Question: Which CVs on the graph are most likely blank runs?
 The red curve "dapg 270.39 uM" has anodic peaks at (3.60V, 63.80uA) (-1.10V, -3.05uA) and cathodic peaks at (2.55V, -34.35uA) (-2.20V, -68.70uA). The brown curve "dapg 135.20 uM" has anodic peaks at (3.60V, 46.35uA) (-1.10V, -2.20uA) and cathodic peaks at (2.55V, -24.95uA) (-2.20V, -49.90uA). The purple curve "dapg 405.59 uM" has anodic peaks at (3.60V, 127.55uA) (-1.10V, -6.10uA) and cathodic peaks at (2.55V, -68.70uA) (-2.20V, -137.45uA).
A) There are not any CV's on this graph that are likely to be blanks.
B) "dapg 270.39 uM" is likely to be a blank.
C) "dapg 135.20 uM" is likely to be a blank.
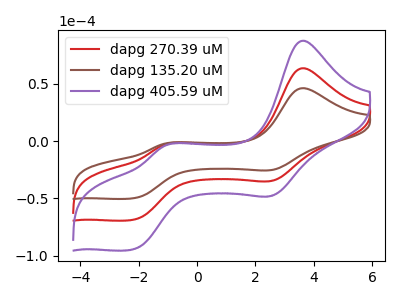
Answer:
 <answer>A) There are not any CV's on this graph that are likely to be blanks.</answer>
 <eval>A</eval>